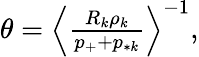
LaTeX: \begin{array}{r}{\theta=\Big\langle\frac{R_{k}\rho_{k}}{p_{+}+p_{*k}}\Big\rangle^{-1},}\end{array}